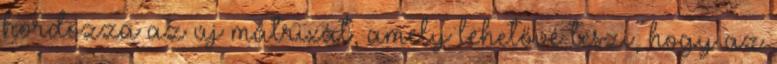
hordozza az új mátrixát, amely lehetővé teszi, hogy az